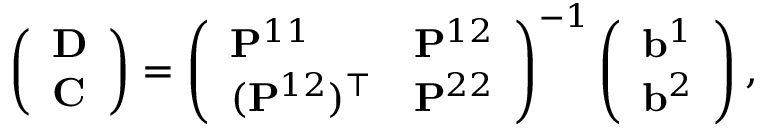
\left( \begin{array} { l } { \mathbf { D } } \\ { \mathbf { C } } \end{array} \right) = \left( \begin{array} { l l } { \mathbf { P } ^ { 1 1 } } & { \mathbf { P } ^ { 1 2 } } \\ { ( \mathbf { P } ^ { 1 2 } ) ^ { \top } } & { \mathbf { P } ^ { 2 2 } } \end{array} \right) ^ { - 1 } \left( \begin{array} { l } { \mathbf { b } ^ { 1 } } \\ { \mathbf { b } ^ { 2 } } \end{array} \right) ,